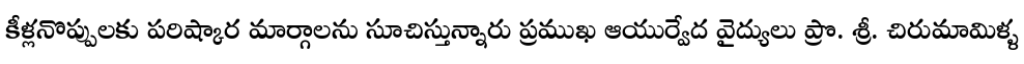
కీళ్లనొప్పులకు పరిష్కార మార్గాలను సూచిస్తున్నారు ప్రముఖ ఆయుర్వేద వైద్యులు ప్రొ. శ్రీ. చిరుమామిళ్ళ